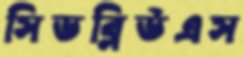
সিডব্লিউএস